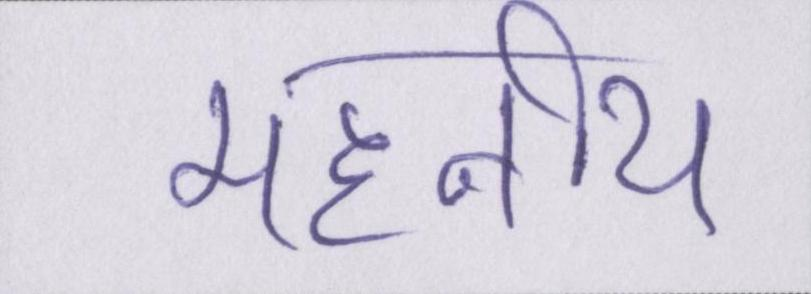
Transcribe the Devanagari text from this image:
महनीय